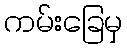
ကမ်းခြေမှ